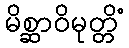
မိစ္ဆာဝိမုတ္တိံ